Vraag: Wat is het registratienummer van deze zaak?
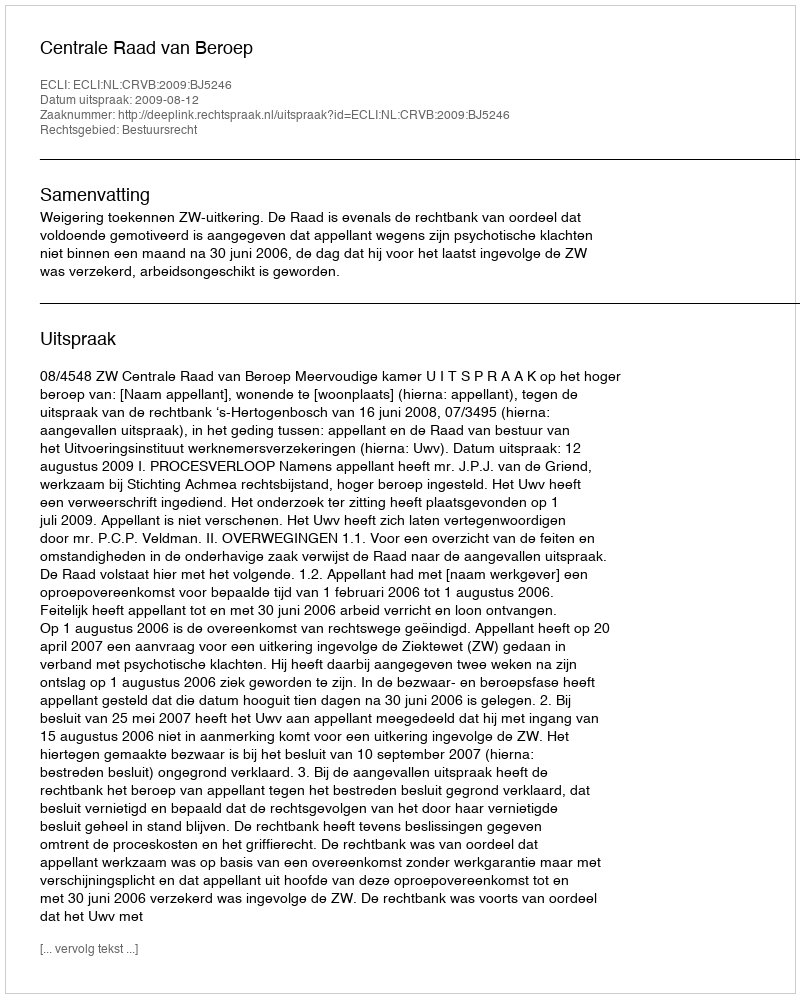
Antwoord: http://deeplink.rechtspraak.nl/uitspraak?id=ECLI:NL:CRVB:2009:BJ5246